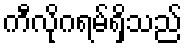
ကီလိုဂရမ်ရှိသည်